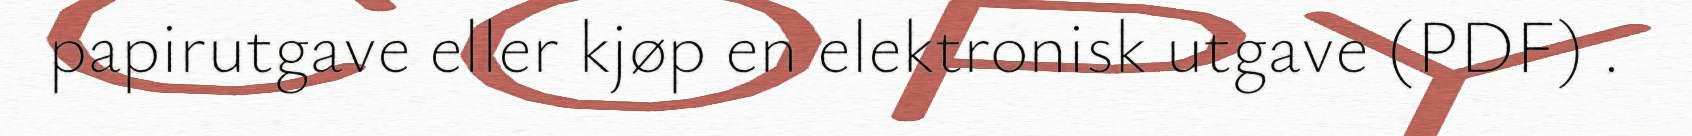
papirutgave eller kjøp en elektronisk utgave (PDF) .